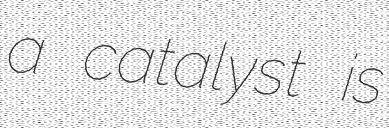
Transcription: a catalyst is